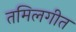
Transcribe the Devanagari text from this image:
तमिलगीत